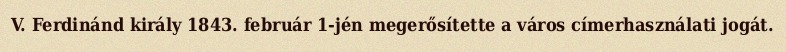
V. Ferdinánd király 1843. február 1-jén megerősítette a város címerhasználati jogát.